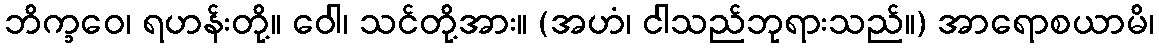
ဘိက္ခဝေ၊ ရဟန်းတို့။ ဝေါ၊ သင်တို့အား။ (အဟံ၊ ငါသည်ဘုရားသည်။) အာရောစယာမိ၊